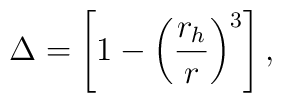
\Delta  =  \left[ 1-\left({\frac{r_h}{r}}\right)^3 \right],